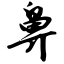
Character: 鼻